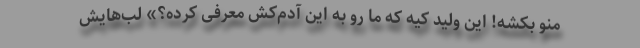
منو بکشه! این ولید کیه که ما رو به این آدم‌کُش معرفی کرده؟» لب‌هایش